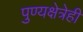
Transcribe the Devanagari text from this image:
पुण्यक्षेत्रेही